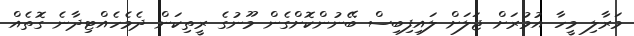
މަރާލި މީހާ އުމުރަށް ޖަލަށް ލައިފިބިސް ބޭނުންކޮށްގެން މޫނުގެ ރީތިކަން ދެމެހެއްޓިދާނެ ގޮތެއް